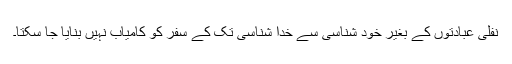
نفلی عبادتوں کے بغیر خود شناسی سے خدا شناسی تک کے سفر کو کامیاب نہیں بنایا جا سکتا۔